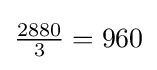
{\tfrac {2880}{3}}=960